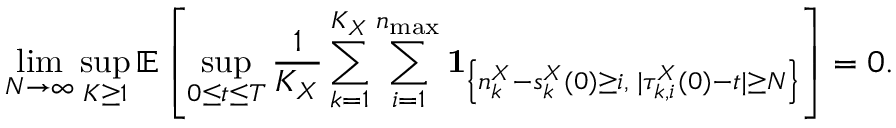
\operatorname* { l i m } _ { N \to \infty } \operatorname* { s u p } _ { K \geq 1 } \mathbb { E } \left[ \operatorname* { s u p } _ { 0 \leq t \leq T } \frac { 1 } { K _ { X } } \sum _ { k = 1 } ^ { K _ { X } } \sum _ { i = 1 } ^ { n _ { \operatorname* { m a x } } } \mathbf { 1 } _ { \left\{ n _ { k } ^ { X } - s _ { k } ^ { X } ( 0 ) \geq i , \; | \tau _ { k , i } ^ { X } ( 0 ) - t | \geq N \right\} } \right] = 0 .